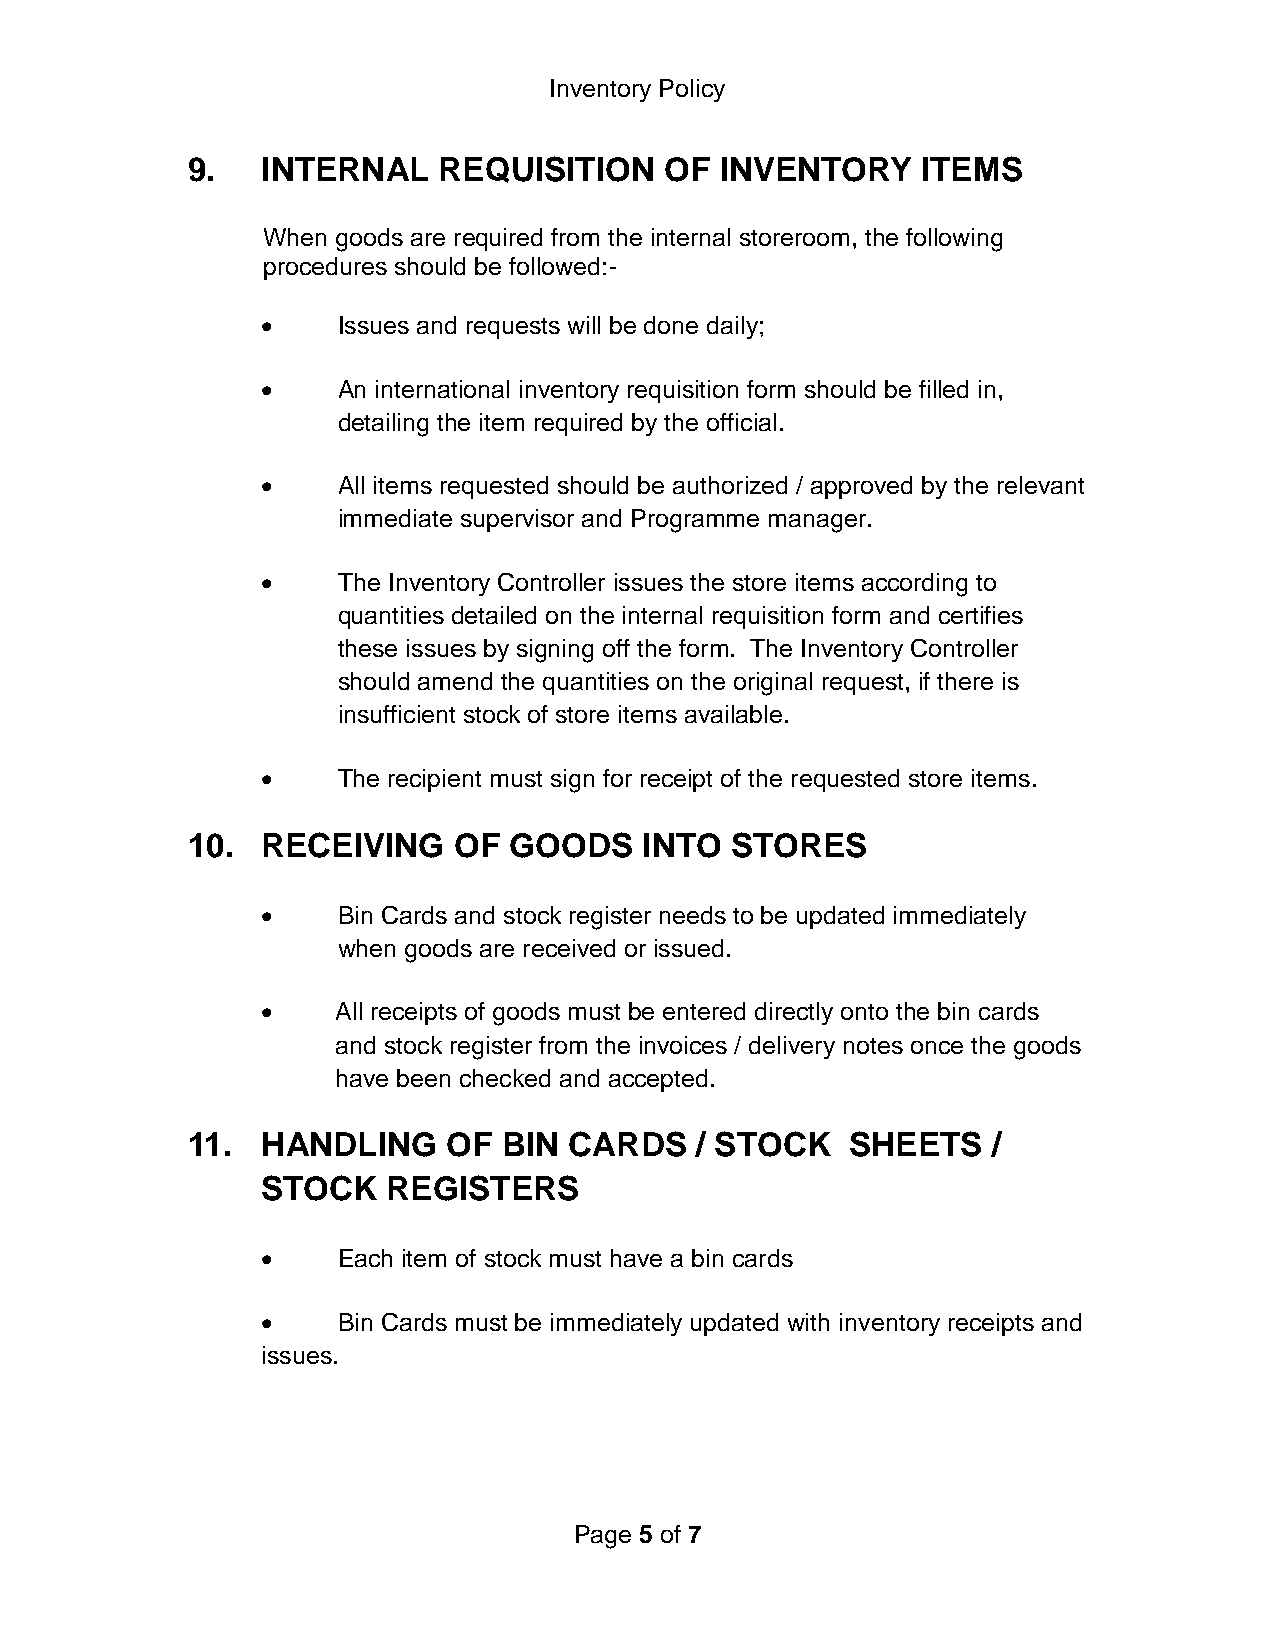
Inventory Policy
 9.   INTERNAL    REQUISITION    OF  INVENTORY    ITEMS
 When goods are required from the internal storeroom, the following
 procedures should be followed:-
     Issues and requests will be done daily;
     An international inventory requisition form should be filled in,
 detailing the item required by the official.
     All items requested should be authorized / approved by the relevant
 immediate supervisor and Programme manager.
     The Inventory Controller issues the store items according to
 quantities detailed on the internal requisition form and certifies
 these issues by signing off the form. The Inventory Controller
 should amend the quantities on the original request, if there is
 insufficient stock of store items available.
     The recipient must sign for receipt of the requested store items.
 10.  RECEIVING    OF  GOODS    INTO STORES
     Bin Cards and stock register needs to be updated immediately
 when goods are received or issued.
     All receipts of goods must be entered directly onto the bin cards
 and stock register from the invoices / delivery notes once the goods
 have been checked and accepted.
 11.  HANDLING     OF BIN  CARDS   / STOCK   SHEETS    /
 STOCK    REGISTERS
     Each item of stock must have a bin cards
     Bin Cards must be immediately updated with inventory receipts and
 issues.
 Page 5 of 7